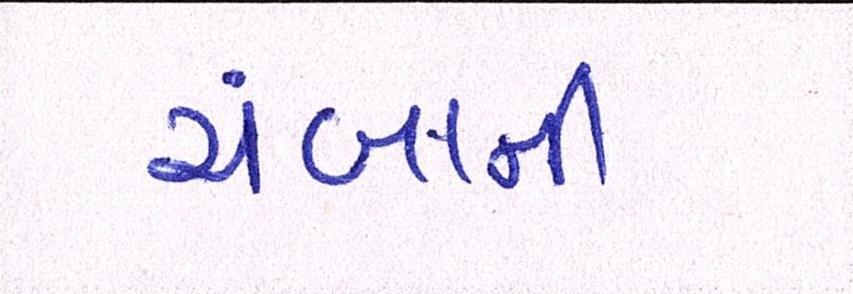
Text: ચંબાની